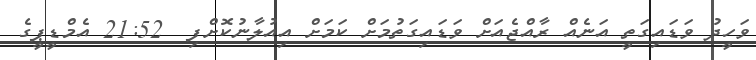
ވަހީދު ވަޑައިގަތީ އަނެއް ރާއްޖެއަށް ވަޑައިގަތުމަށް ކަމަށް އިއުލާނުކޮށްފި  21:52 އެމްޑީޕީގެ